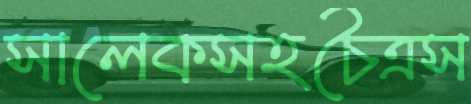
সালেকসহচৈত্রস